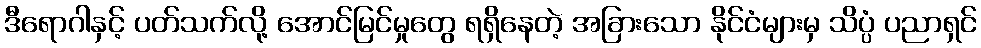
ဒီရောဂါနှင့် ပတ်သက်လို့ အောင်မြင်မှုတွေ ရရှိနေတဲ့ အခြားသော နိုင်ငံများမှ သိပ္ပံ ပညာရှင်